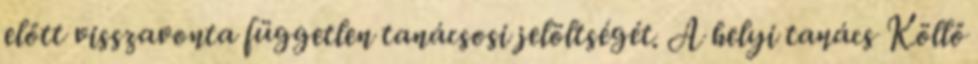
előtt visszavonta független tanácsosi jelöltségét. A helyi tanács Köllő